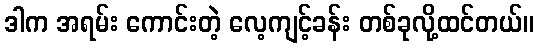
ဒါက အရမ်း ကောင်းတဲ့ လေ့ကျင့်ခန်း တစ်ခုလို့ထင်တယ်။